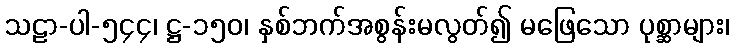
သဠာ-ပါ-၅၄၄၊ ဋ္ဌ-၁၅၀၊ နှစ်ဘက်အစွန်းမလွတ်၍ မဖြေသော ပုစ္ဆာများ၊